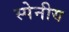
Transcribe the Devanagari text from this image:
स्पेनीय